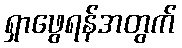
ရှာဖွေရန်အတွက်